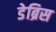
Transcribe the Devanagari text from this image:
डेब्रिस